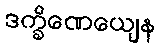
ဒက္ခိဏေယျေန